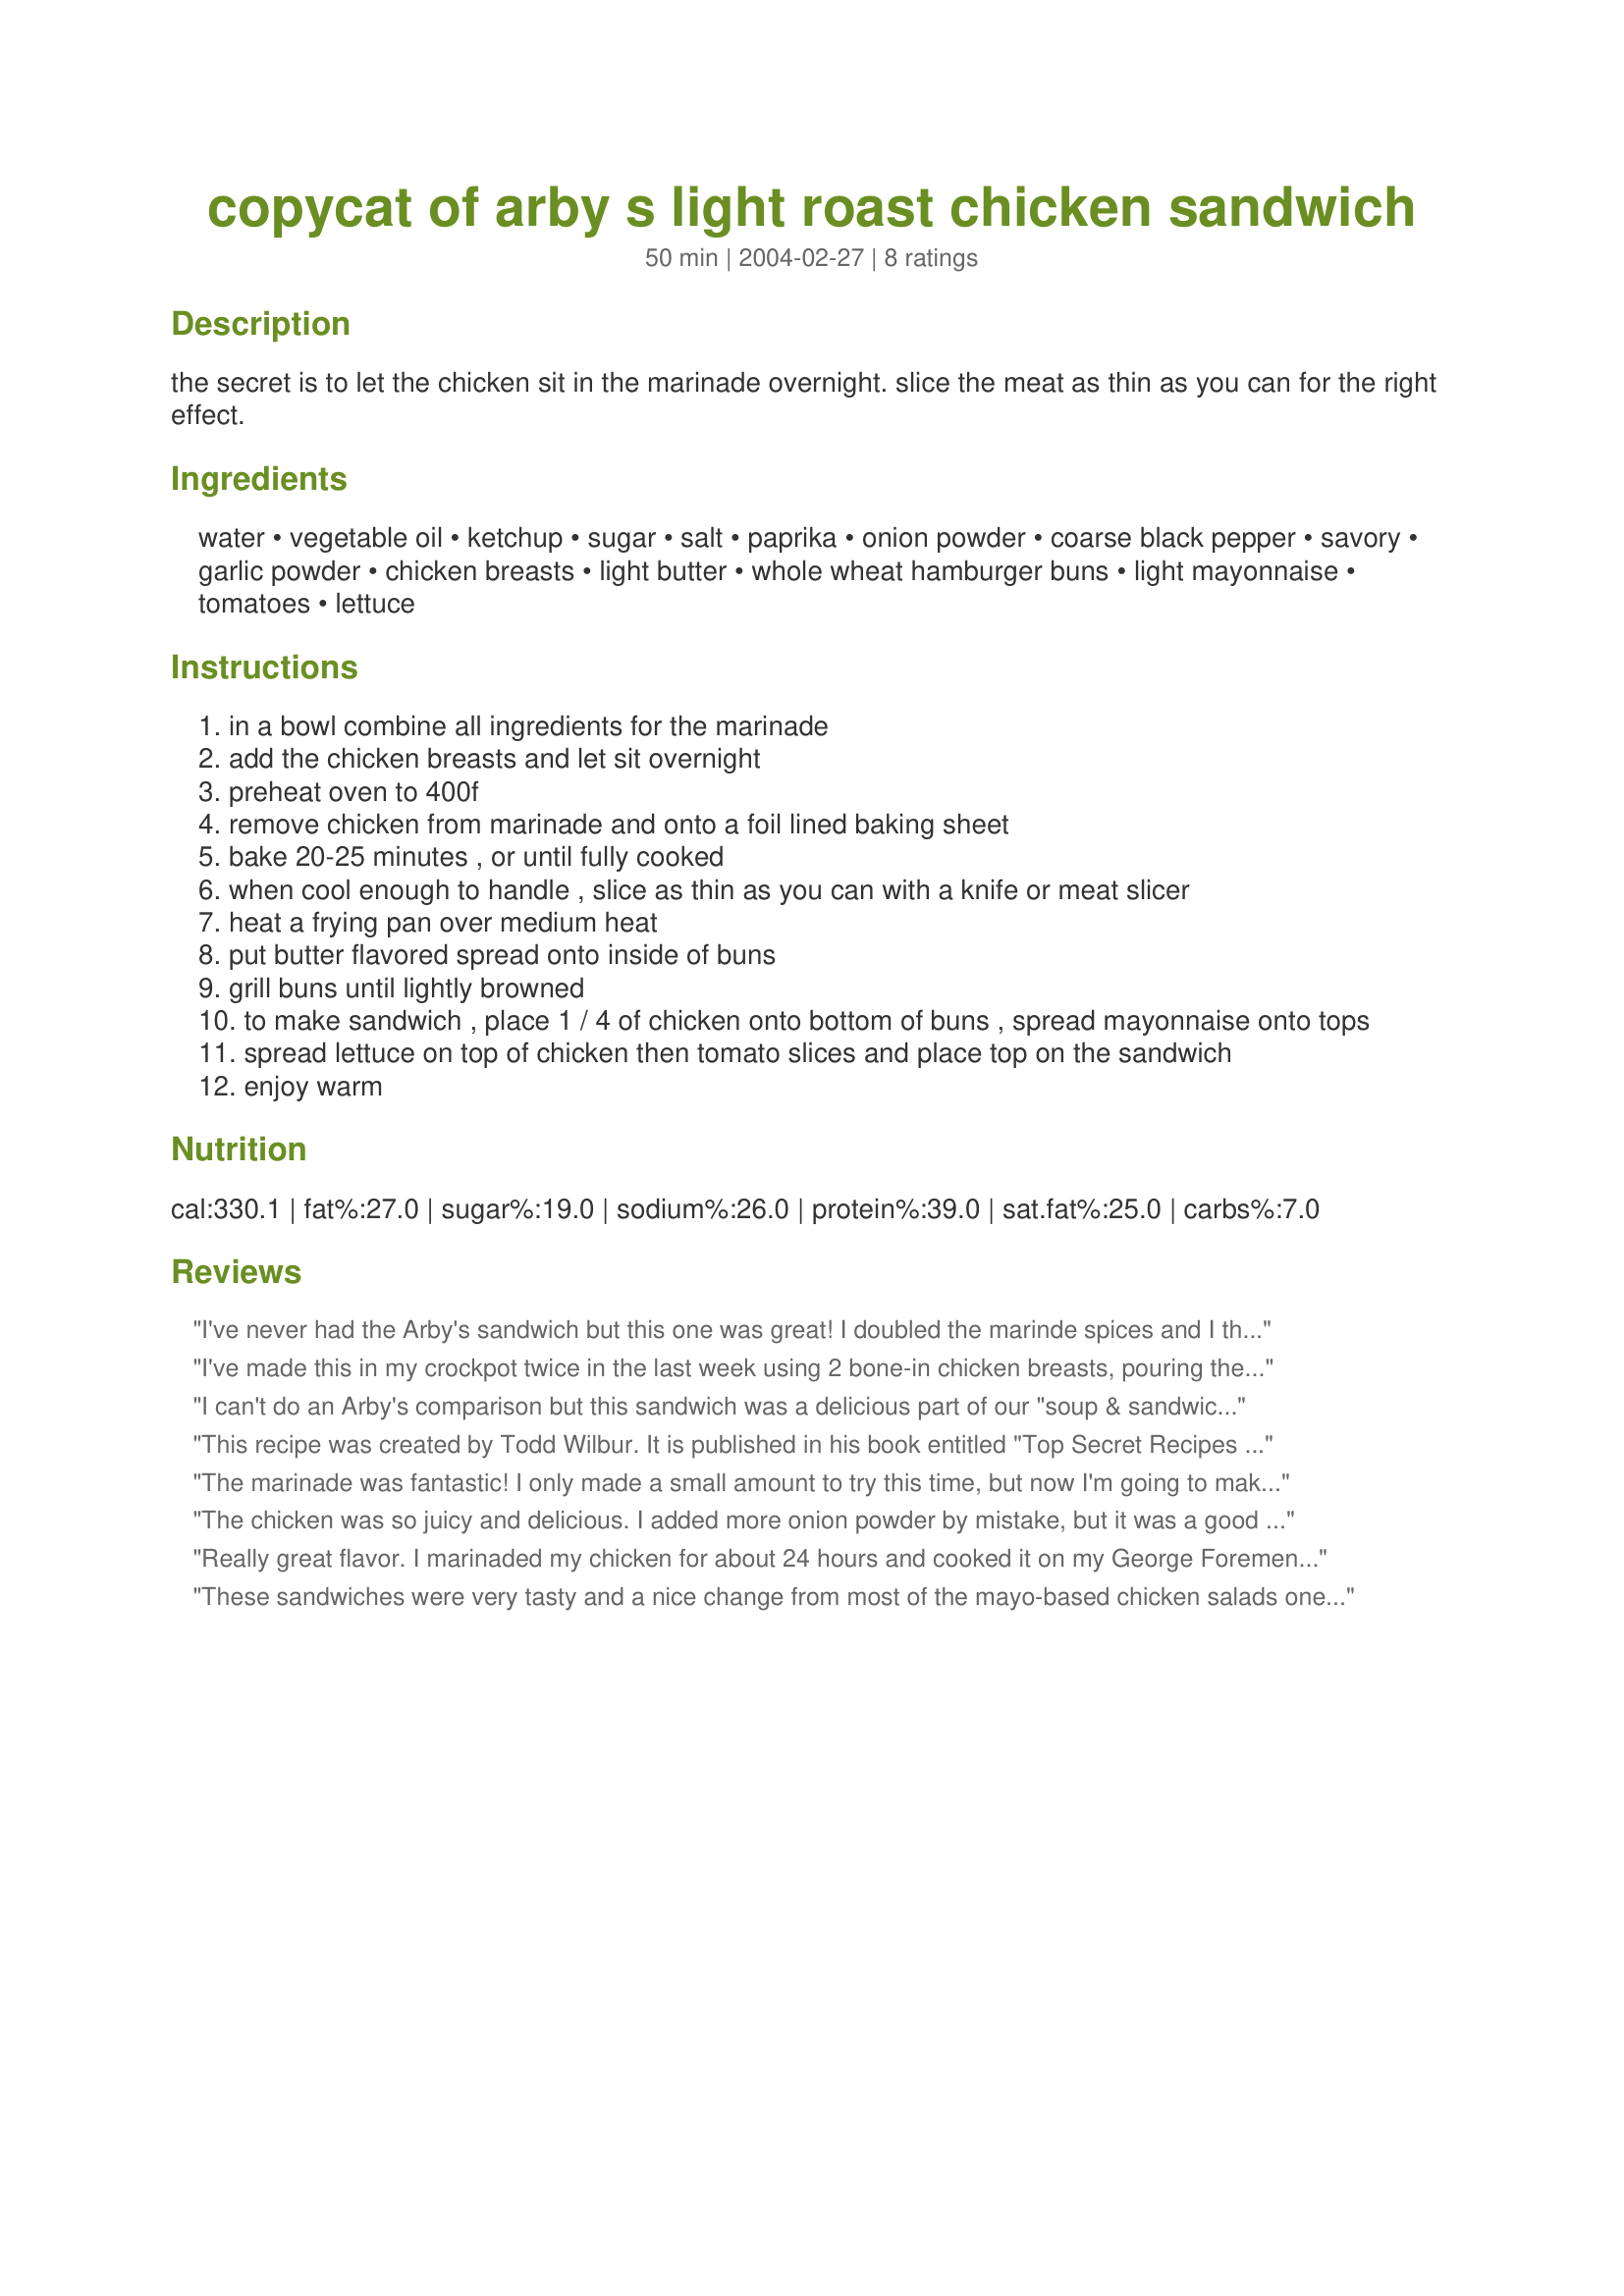
copycat of arby s light roast chicken sandwich
Preparation time: 50 minutes

the secret is to let the chicken sit in the marinade overnight. slice the meat as thin as you can for the right effect.

Ingredients:
water, vegetable oil, ketchup, sugar, salt, paprika, onion powder, coarse black pepper, savory, garlic powder, chicken breasts, light butter, whole wheat hamburger buns, light mayonnaise, tomatoes, lettuce

Steps:
in a bowl combine all ingredients for the marinade
add the chicken breasts and let sit overnight
preheat oven to 400f
remove chicken from marinade and onto a foil lined baking sheet
bake 20-25 minutes , or until fully cooked
when cool enough to handle , slice as thin as you can with a knife or meat slicer
heat a frying pan over medium heat
put butter flavored spread onto inside of buns
grill buns until lightly browned
to make sandwich , place 1 / 4 of chicken onto bottom of buns , spread mayonnaise onto tops
spread lettuce on top of chicken then tomato slices and place top on the sandwich
enjoy warm

Reviews:
I've never had the Arby's sandwich but this one was great! I doubled the marinde spices and I think next time I will make a second batch of marinade, heat in the mico, and add to the sliced chicken just to flavor a bit more. Otherwise this was great and I'm sure we will make this again. It was so yummy and easy!!
I've made this in my crockpot twice in the last week using 2 bone-in chicken breasts, pouring the marinade over top and cooking it on low for 8 hours. Delicious! The first time I finely chopped the meat and mixed it with avocado, mayo, green onion, etc. to make chicken salad sandwiches. The second time I served the chicken breasts for dinner along with a veggie casserole. It's great because even though I cooked the chicken in the crockpot it came out tasting like rotisserie or roasted chicken with a very nice taste and very tender.
I can't do an Arby's comparison but this sandwich was a delicious part of our "soup & sandwich nite"! The chicken, marinated for about 9 hours, was moist with a nice bite to it - it would also be good as an entree. Thanx Tami!
This recipe was created by Todd Wilbur. It is published in his book entitled "Top Secret Recipes Lite". www.topsecretrecipes.com

The marinade was fantastic! I only made a small amount to try this time, but now I'm going to make a big batch and store it for quick use. I did eliminate the oil and some of the salt, and added a bit more water and ketchup. Thank you so much for this recipe!
The chicken was so juicy and delicious. I added more onion powder by mistake, but it was a good mistake. Just excellent
Really great flavor. I marinaded my chicken for about 24 hours and cooked it on my George Foremen grill. Everyone loved it! Juicy and tender with just enough spice. I served the chicken on toasted rolls with tomato and mayo. My daughter added melted provolone cheese to hers and said she loved it.
These sandwiches were very tasty and a nice change from most of the mayo-based chicken salads one usually finds. The chicken is very tender and not at all dry.
I made these for a hiking lunch with added caramelized onions under the chicken for an extra flavor zap. They really hit the spot and were a hit with both me and my hiking partner. I'll make this one again.
Thanks!
